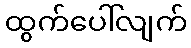
ထွက်ပေါ်လျက်